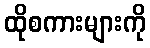
ထိုစကားများကို